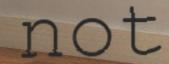
not